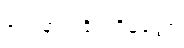
ဝေဒနာသင်္ခယဝိမုတ္တော